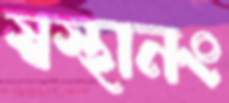
স্বস্থানং